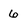
Character: 6